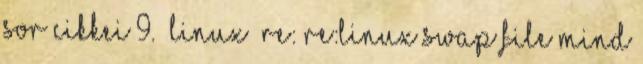
sor cikkei 9. LINUX Re: Re:Linux swap file mind